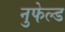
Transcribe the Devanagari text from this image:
नुफेल्ड